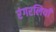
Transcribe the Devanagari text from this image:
रंगरलियाँ